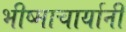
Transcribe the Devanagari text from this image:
भीष्माचार्यानी